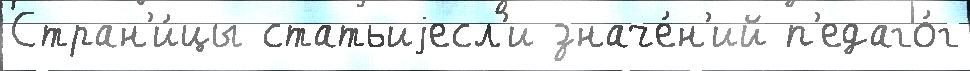
Стран'и́цы статьиjесл'и значе́н'ий п'едаго́г